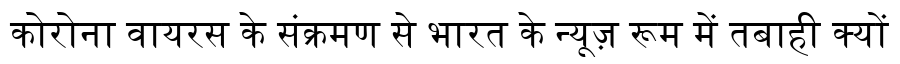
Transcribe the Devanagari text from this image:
कोरोना वायरस के संक्रमण से भारत के न्यूज़ रूम में तबाही क्यों